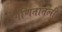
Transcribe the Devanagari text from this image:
गणितातली